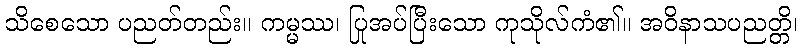
သိစေသော ပညတ်တည်း။ ကမ္မဿ၊ ပြုအပ်ပြီးသော ကုသိုလ်ကံ၏။ အဝိနာသပညတ္တိ၊